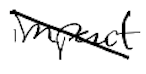
Text: impact
Cross-out: diagonal
Writing tool: digital_black